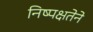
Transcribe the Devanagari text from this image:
निष्पक्षतेने